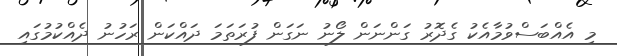
މި އެއްބަސްވުމާއެކު ގެދޮރު ގަންނަން ލޯނު ނަގަން ފުރަތަމަ ދައްކަން ރަހުނު ދެއްކުމުގައި